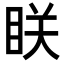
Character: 眹